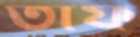
তাফ